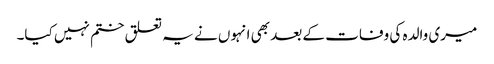
میری والدہ کی وفات کے بعد بھی انہوں نے یہ تعلق ختم نہیں کیا۔